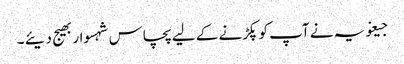
جیغویہ نے آپ کو پکڑنے کے لیے پچاس شہسوار بھیج دیئے ۔